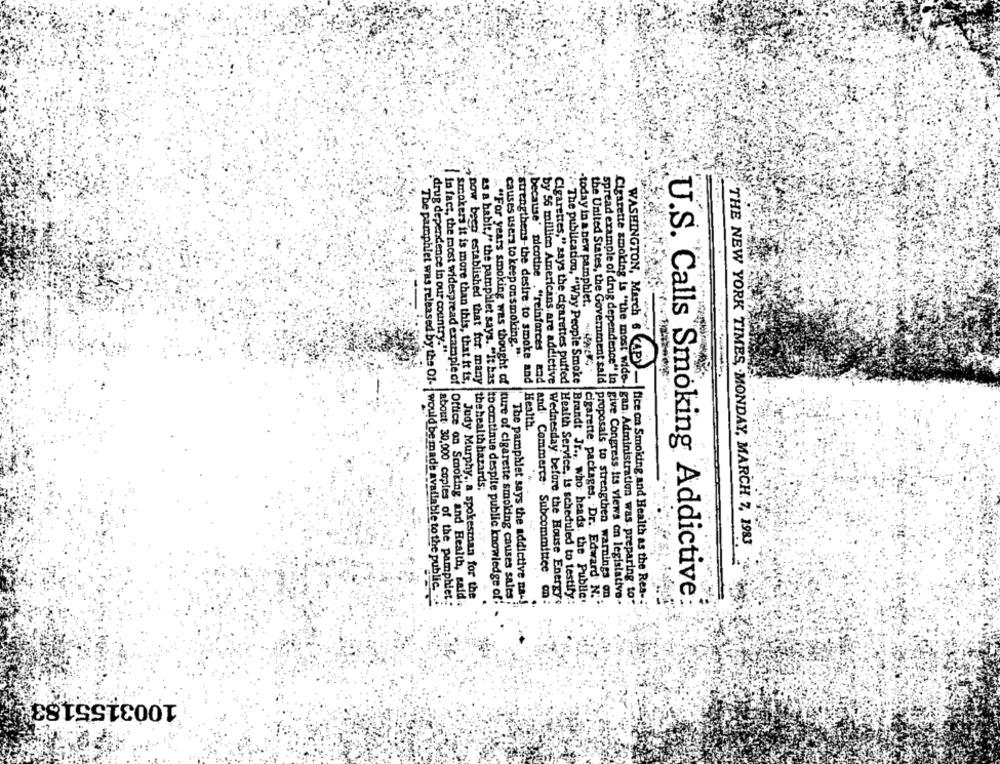
today in a bew pamphlet.
drug dependence in our country."
WASHINGTON, March & KA
causes users to keep on smoking."".
-
in fact, the most widespread example of
smokers it is more than this, that it is,
pow been established that for. many
""For years smoking was thought of
strengthens-the desire to smoke and
because' nicotine ."reinforces and
" The publication, "Why People Smoke
the United States, the Government sald
Health.
the health hazards;
THE NEW YORK TIMES, MONDAY, MARCH. 7, 1983
about 30,000 copies of the pamphlet
Judy Murphy ,, a spokesman for the
ture of cigarette smoking causes sales
Cigarettes," says the cigarettes puffed |Health Service, is scheduled to testify
Brandt Jr ., who heads. the Public
The pamphlet was released by the Of- would be made available to the public. ...
Office on Smoking and Health, said:
es a habit./' the pamphlet says. "It has |to continue despite public knowledge of:
The pamphlet says the addictive na -!
and Commerce. Subcommittee on:
by 56 million Americans are addictive |Wednesday before the House Energy
cigarette packages. Dr. Edward N .:
proposals to strengthen warnings on.
spread example of drug dependence" in | give Congress its views on legislativo-
Cigarette smoking is "the most wide -, gan Administration was. preparing to"
gan: Administration was. preparing to"
-I fice on Smoking and Health as the Rea-
U.S. Calls Smoking Addictive:
1003155183